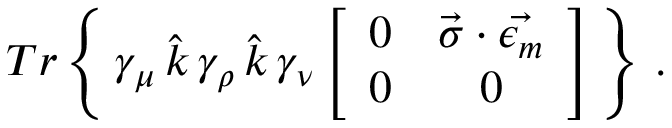
T r \left\{ \, \gamma _ { \mu } \, \hat { k } \, \gamma _ { \rho } \, \hat { k } \, \gamma _ { \nu } \left[ \begin{array} { c c } { { 0 } } & { { \vec { \sigma } \cdot \vec { \epsilon _ { m } } } } \\ { { 0 } } & { { 0 } } \end{array} \right] \, \right\} \, .